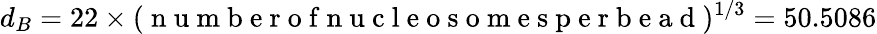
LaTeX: d_{B}=22\times(\mathrm{~n~u~m~b~e~r~o~f~n~u~c~l~e~o~s~o~m~e~s~p~e~r~b~e~a~d~})^{1/3}=50.5086